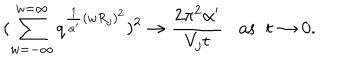
( \sum _ { w = - \infty } ^ { w = \infty } q ^ { \frac { 1 } { \alpha ^ { \prime } } ( w R _ { j } ) ^ { 2 } } ) ^ { 2 } \rightarrow \frac { 2 \pi ^ { 2 } \alpha ^ { \prime } } { V _ { j } t } \mathrm { a s } \; \; t \rightarrow 0 .